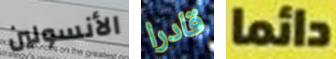
الأنسولين قادرا دائما